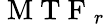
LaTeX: \mathrm{~M~T~F~}_{r}